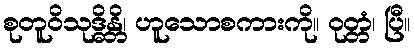
စုတူဝိသုဒ္ဓိန္တိ၊ ဟူသောစကားကို။ ဝုတ္တံ၊ ပြီ။